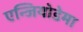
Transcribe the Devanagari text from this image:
एन्जियोडेमा